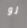
لو